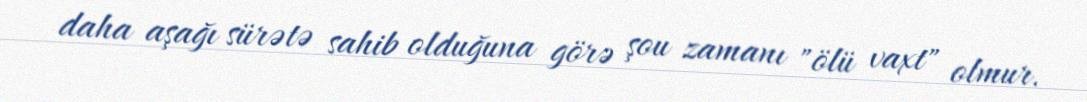
daha aşağı sürətə sahib olduğuna görə şou zamanı "ölü vaxt" olmur.